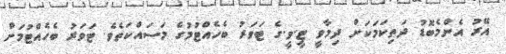
އޭރު އެންމެބޮޑު ދަތިކަމަކަށް ދިމާވީ ޓީ.ވީ.ގެ ޓަވަރު ބެހެއްޓުމުގެ މަސައްކަތެވެ. ޓަވަރު ބެހެއްޓުމަށް